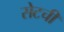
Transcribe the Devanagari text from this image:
सेटची